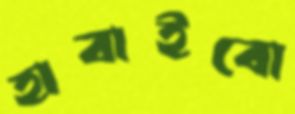
হাবাইবো